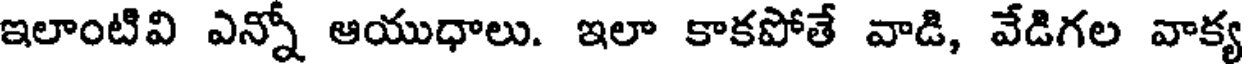
ఇలాంటివి ఎన్నో ఆయుధాలు. ఇలా కాకపోతే వాడి, వేడిగల వాక్య